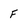
Character: F